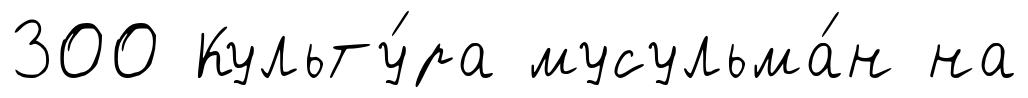
300 Культу́ра мусульма́н на